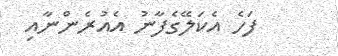
ފަހެ އެކަލޭގެފާނު އެއުރެންނާއި